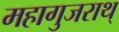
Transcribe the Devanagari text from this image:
महागुजराथ्